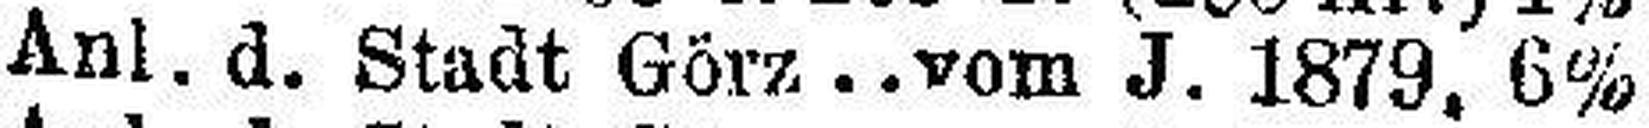
Anl. d. Stadt Görz vom J. 1879, 6%